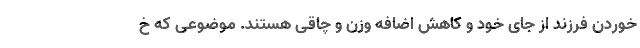
خوردن فرزند از جای خود و کاهش اضافه وزن و چاقی هستند. موضوعی که خ